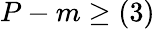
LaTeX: P-m\geq(3)